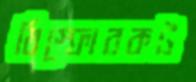
বিস্ফোরকট